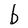
Character: b